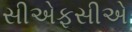
સીએફસીએ